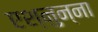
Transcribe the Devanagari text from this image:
एश्नुन्ना